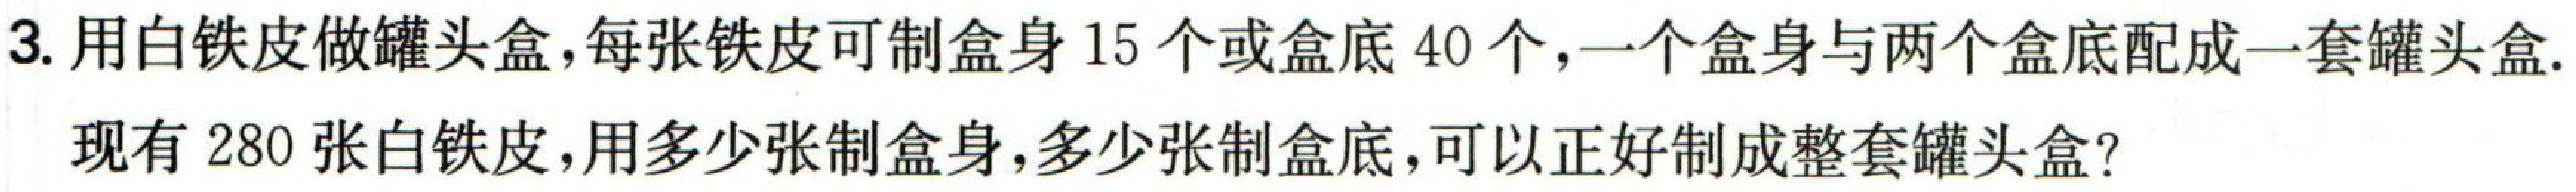
3. 用白铁皮做罐头盒,每张铁皮可制盒身\(15\)个或盒底\(40\)个,一个盒身与两个盒底配成一套罐头盒.
现有\(280\)张白铁皮,用多少张制盒身,多少张制盒底,可以正好制成整套罐头盒?